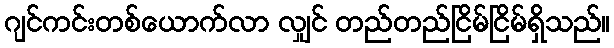
ဂျင်ကင်းတစ်ယောက်လာ လျှင် တည်တည်ငြိမ်ငြိမ်ရှိသည်။